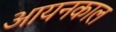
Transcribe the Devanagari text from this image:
आयनकाल